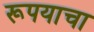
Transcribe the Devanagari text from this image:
रूपयाचा